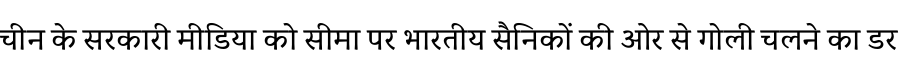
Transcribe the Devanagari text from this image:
चीन के सरकारी मीडिया को सीमा पर भारतीय सैनिकों की ओर से गोली चलने का डर